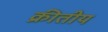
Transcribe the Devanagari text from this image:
क्रीतीय